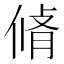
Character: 𠋛